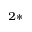
^ { 2 \ast }